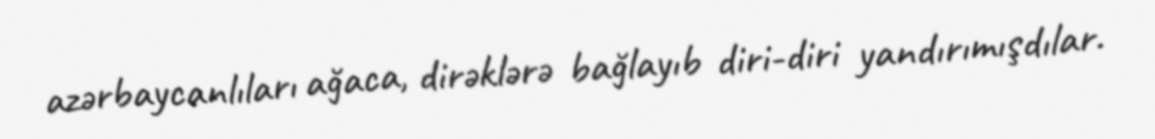
azərbaycanlıları ağaca, dirəklərə bağlayıb diri-diri yandırımışdılar.